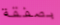
بصفقة